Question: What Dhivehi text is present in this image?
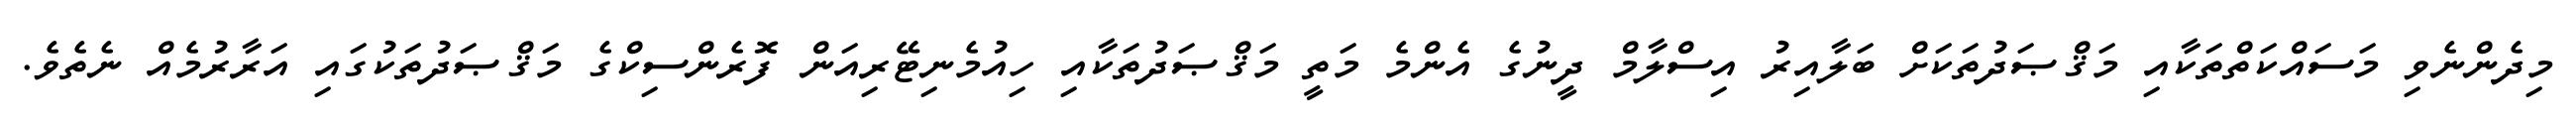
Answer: މިދެންނެވި މަސައްކަތްތަކާއި މަޤްޞަދުތަކަށް ބަލާއިރު އިސްލާމް ދީނުގެ އެންމެ މަތީ މަޤްޞަދުތަކާއި ހިއުމެނިޓޭރިއަން ފޮރެންސިކްގެ މަޤްޞަދުތަކުގައި އަރާރުމެއް ނެތެވެ.